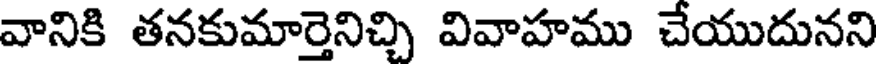
వానికి తనకుమార్తెనిచ్చి వివాహము చేయుదునని